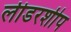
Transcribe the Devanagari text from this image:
लीडरशीप